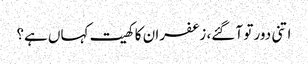
اتنی دور تو آ گئے، زعفران کا کھیت کہاں ہے؟